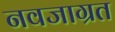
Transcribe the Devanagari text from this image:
नवजाग्रत